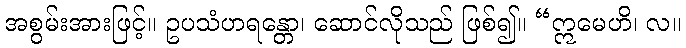
အစွမ်းအားဖြင့်။ ဥပသံဟရန္တော၊ ဆောင်လိုသည် ဖြစ်၍။ “ဣမေဟိ၊ လ။